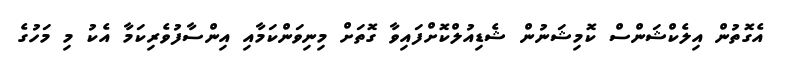
އެގޮތުން އިލެކްޝަންސް ކޮމިޝަނުން ޝެޑިއުލްކޮށްފައިވާ ގޮތަށް މިނިވަންކަމާއި އިންސާފުވެރިކަމާ އެކު މި މަހުގެ